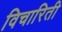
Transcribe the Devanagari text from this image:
विचारिती